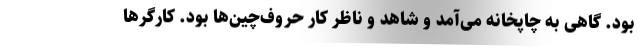
بود. گاهی به چاپخانه می‌آمد و شاهد و ناظر کار حروف‌چین‌ها بود. کارگرها